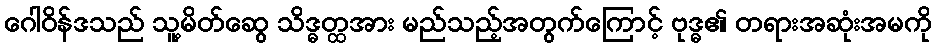
ဂေါဝိန်ဒသည် သူ့မိတ်ဆွေ သိဒ္ဓတ္ထအား မည်သည့်အတွက်ကြောင့် ဗုဒ္ဓ၏ တရားအဆုံးအမကို